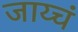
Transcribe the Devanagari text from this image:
जाय्चं